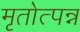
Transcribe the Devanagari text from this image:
मृतोत्पन्न